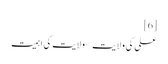
[6]
علی کی ولایت>ولایت کی اہمیت